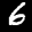
Label: 6